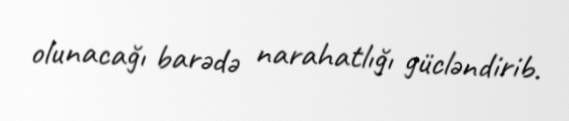
olunacağı barədə narahatlığı gücləndirib.